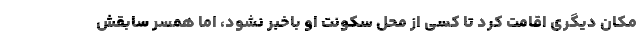
مکان دیگری اقامت کرد تا کسی از محل سکونت او باخبر نشود، اما همسر سابقش